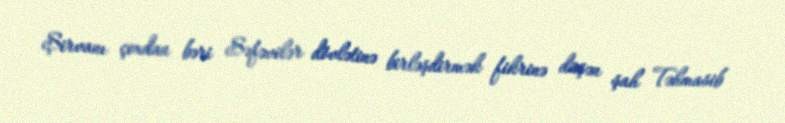
Şirvanı çoxdan bəri Səfəvilər dövlətinə birləşdirmək fikrinə düşən şah Təhmasib